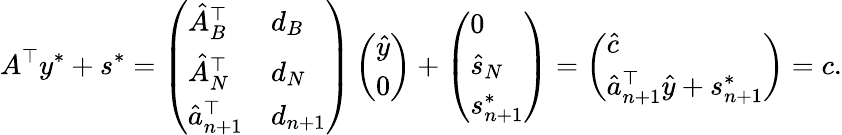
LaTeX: A^{\top}y^{*}+s^{*}=\left(\begin{array}{ll}{\hat{A}_{B}^{\top}}&{d_{B}}\\ {\hat{A}_{N}^{\top}}&{d_{N}}\\ {\hat{a}_{n+1}^{\top}}&{d_{n+1}}\end{array}\right)\left(\begin{array}{l}{\hat{y}}\\ {0}\end{array}\right)+\left(\begin{array}{l}{0}\\ {\hat{s}_{N}}\\ {s_{n+1}^{*}}\end{array}\right)=\left(\begin{array}{l}{\hat{c}}\\ {\hat{a}_{n+1}^{\top}\hat{y}+s_{n+1}^{*}}\end{array}\right)=c.